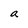
Character: a